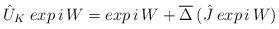
LaTeX: \begin{align*}\hat{U}_K\;exp\,i\,W = exp\,i\,W + \overline{\Delta}\:(\hat{J}\:exp\,i\,W)\end{align*}